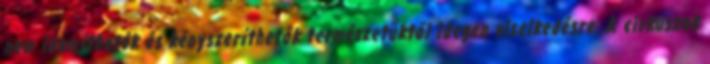
nem idomíthatók és kényszeríthetők természetüktől idegen viselkedésre. A cirkuszok